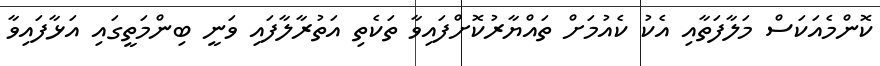
ކޮންމެއަކަސް މަލާފަތާއި އެކު ކެއުމަށް ތައްޔާރުކޮށްފައިވާ ތަކެތި އަތުރާލާފައި ވަނީ ބިންމަތީގައި އަޅާފައިވާ